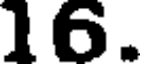
16.